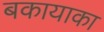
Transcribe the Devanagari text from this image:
बकायाका